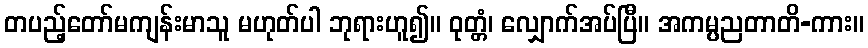
တပည့်တော်မကျန်းမာသူ မဟုတ်ပါ ဘုရားဟူ၍။ ဝုတ္တံ၊ လျှောက်အပ်ပြီ။ အကမ္ပညတာတိ-ကား။